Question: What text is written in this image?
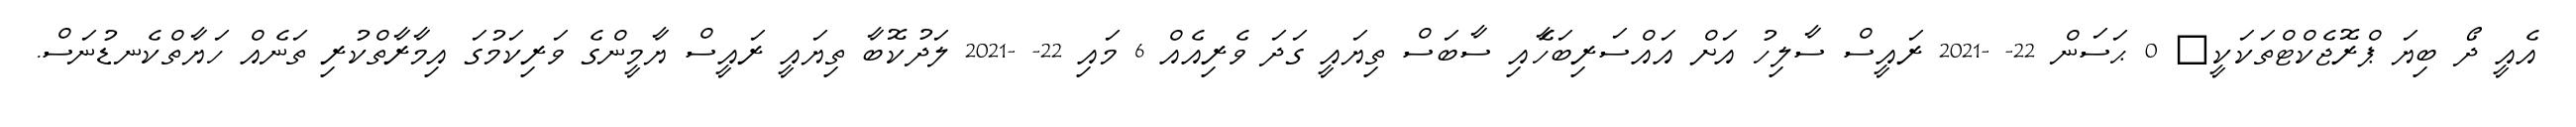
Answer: އެއީ ދޯ ބިޔަ ޕްރޮޖެކްޓްތަކަކީ? 0 ޙަސަން 22- -2021 ރައީސް ސާލިހު އަށް އައްސަރިބަހާެއި ސާބަސް ތިޔައީ ގަދަ ވެރިއެއް 6 މައި 22- -2021 ލަދުކޮބާ ތިޔައީ ރައީސް ޔާމީންގެ ވަރިކަމުގަ އިމާރާތްކުރި ތަނެއް ހަޔާތްކެނޑުނަސް.